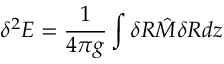
\delta ^ { 2 } E = \frac { 1 } { 4 \pi g } \int \delta R { \hat { M } } \delta R d z